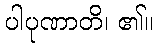
ပါပုဏာတိ၊ ၏။